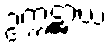
ဥက္ကဋ္ဌာယံ